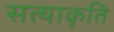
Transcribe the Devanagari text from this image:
सत्याकृति